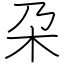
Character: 朶